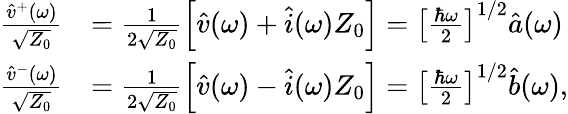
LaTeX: \begin{array}{rl}{\frac{\hat{v}^{+}(\omega)}{\sqrt{Z_{0}}}}&{=\frac{1}{2\sqrt{Z_{0}}}\left[\hat{v}(\omega)+\hat{i}(\omega)Z_{0}\right]=\left[\frac{\hbar\omega}{2}\right]^{1/2}\hat{a}(\omega)}\\ {\frac{\hat{v}^{-}(\omega)}{\sqrt{Z_{0}}}}&{=\frac{1}{2\sqrt{Z_{0}}}\left[\hat{v}(\omega)-\hat{i}(\omega)Z_{0}\right]=\left[\frac{\hbar\omega}{2}\right]^{1/2}\hat{b}(\omega),}\end{array}